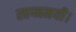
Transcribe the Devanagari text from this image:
स्वप्नमयी।